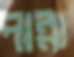
পান্না